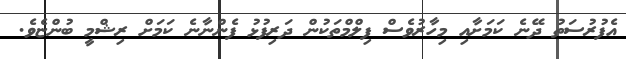
އެފުރުސަތު ދޭނެ ކަމަށާއި މިހާރުވެސް ފިލްމްތަކުން ދަރިފުޅު ފެންނާނެ ކަމަށް ރިޝްމީ ބުންޏެވެ.